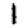
Digit: 1